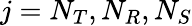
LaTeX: j=N_{T},N_{R},N_{S}